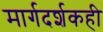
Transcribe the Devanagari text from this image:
मार्गदर्शकही